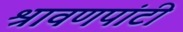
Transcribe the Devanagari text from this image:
श्रावणपांटी